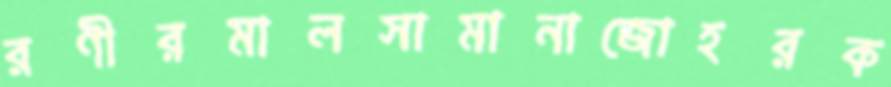
রণীরমালসামানাজোহরক